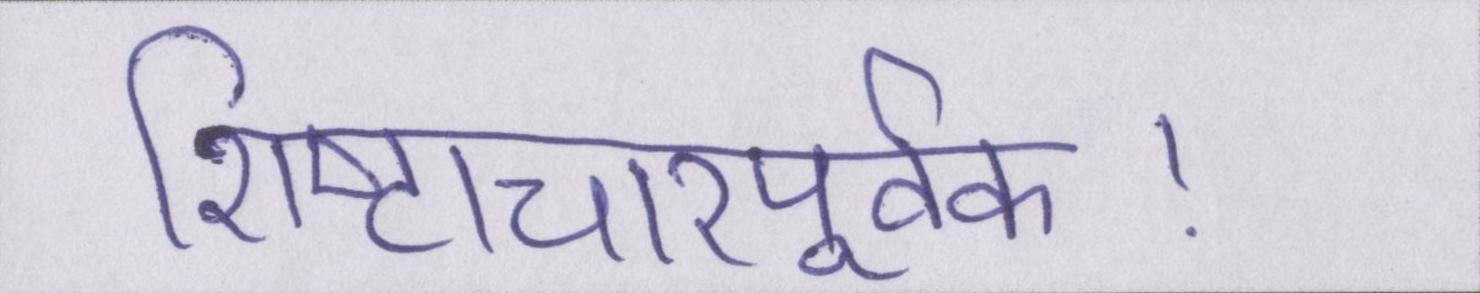
शिष्टाचारपूर्वक।